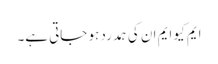
ایم کیو ایم ان کی ہمدرد ہو جاتی ہے۔